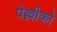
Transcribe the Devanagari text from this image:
पेल्लीको